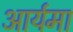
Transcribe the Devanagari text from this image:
आर्यमा